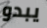
يبدو